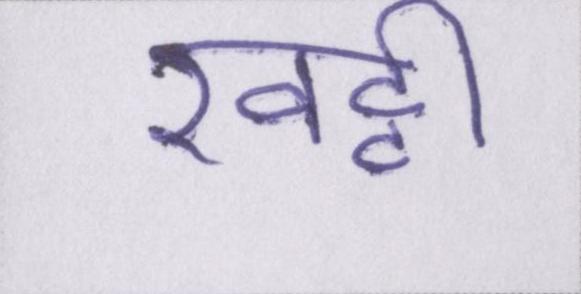
खट्टी